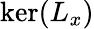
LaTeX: \ker(L_{x})